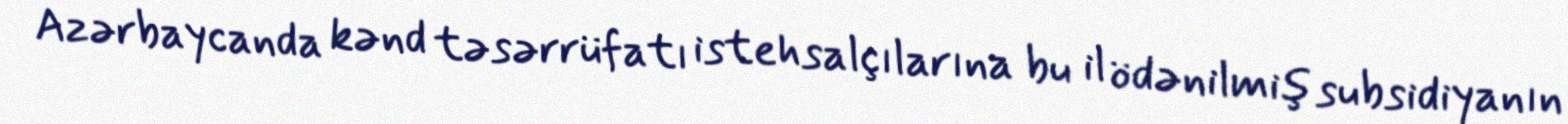
Azərbaycanda kənd təsərrüfatı istehsalçılarına bu il ödənilmiş subsidiyanın